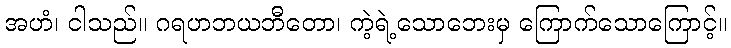
အဟံ၊ ငါသည်။ ဂရဟဘယဘီတော၊ ကဲ့ရဲ့သောဘေးမှ ကြောက်သောကြောင့်။